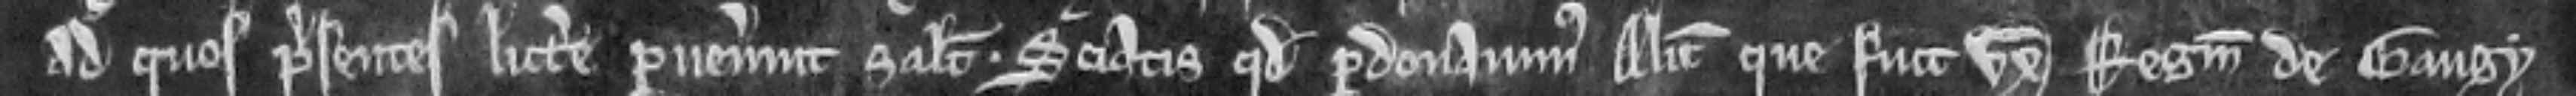
ad quos presentes littere pervenerint salutem. Sciatis quod perdonavimus Alicie que fuit uxor Reginaldi de Gaugy